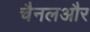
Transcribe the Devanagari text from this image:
चैनलऔर